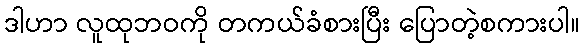
ဒါဟာ လူထုဘဝကို တကယ်ခံစားပြီး ပြောတဲ့စကားပါ။